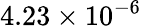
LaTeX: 4.23\times 10^{-6}